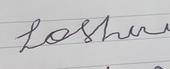
Signature authenticity: forged